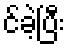
င်ခဲ့ပြီး